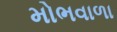
મોભવાળા